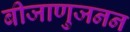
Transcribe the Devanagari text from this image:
बीजाणुजनन